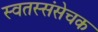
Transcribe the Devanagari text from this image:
स्वतस्संसेचक